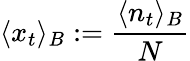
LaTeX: \langle x_{t}\rangle_{B}:=\frac{\langle n_{t}\rangle_{B}}{N}